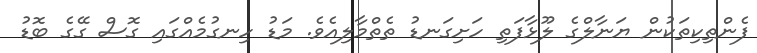
ފެންތިކިތަކުން ޔަނާލްގެ ލޫޅާފަތި ހަށިގަނޑު ތެތްމާލިއެވެ. މަޑު ހިނގުމެއްގައި ގޮސް ގޭގެ ބޮޑު